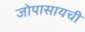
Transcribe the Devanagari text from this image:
जोपासायची